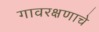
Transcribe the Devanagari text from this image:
गावरक्षणाचे